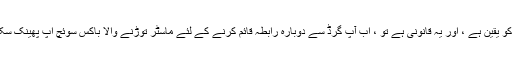
اگر آپ کو یقین ہے ، اور یہ قانونی ہے تو ، اب آپ گرڈ سے دوبارہ رابطہ قائم کرنے کے لئے ماسٹر توڑنے والا باکس سوئچ اپ پھینک سکتے ہیں۔